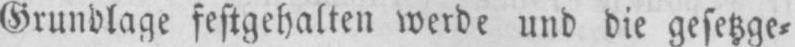
Grundlage festgehalten werde und die gesetzge⸗